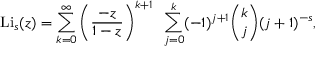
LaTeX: \operatorname { L i } _ { s } ( z ) = \sum _ { k = 0 } ^ { \infty } \left( { \frac { - z } { 1 - z } } \right) ^ { k + 1 } ~ \sum _ { j = 0 } ^ { k } ( - 1 ) ^ { j + 1 } { \binom { k } { j } } ( j + 1 ) ^ { - s } ,